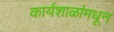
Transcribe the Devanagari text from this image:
कार्यशाळांमधून